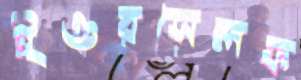
ইওরসেলফ